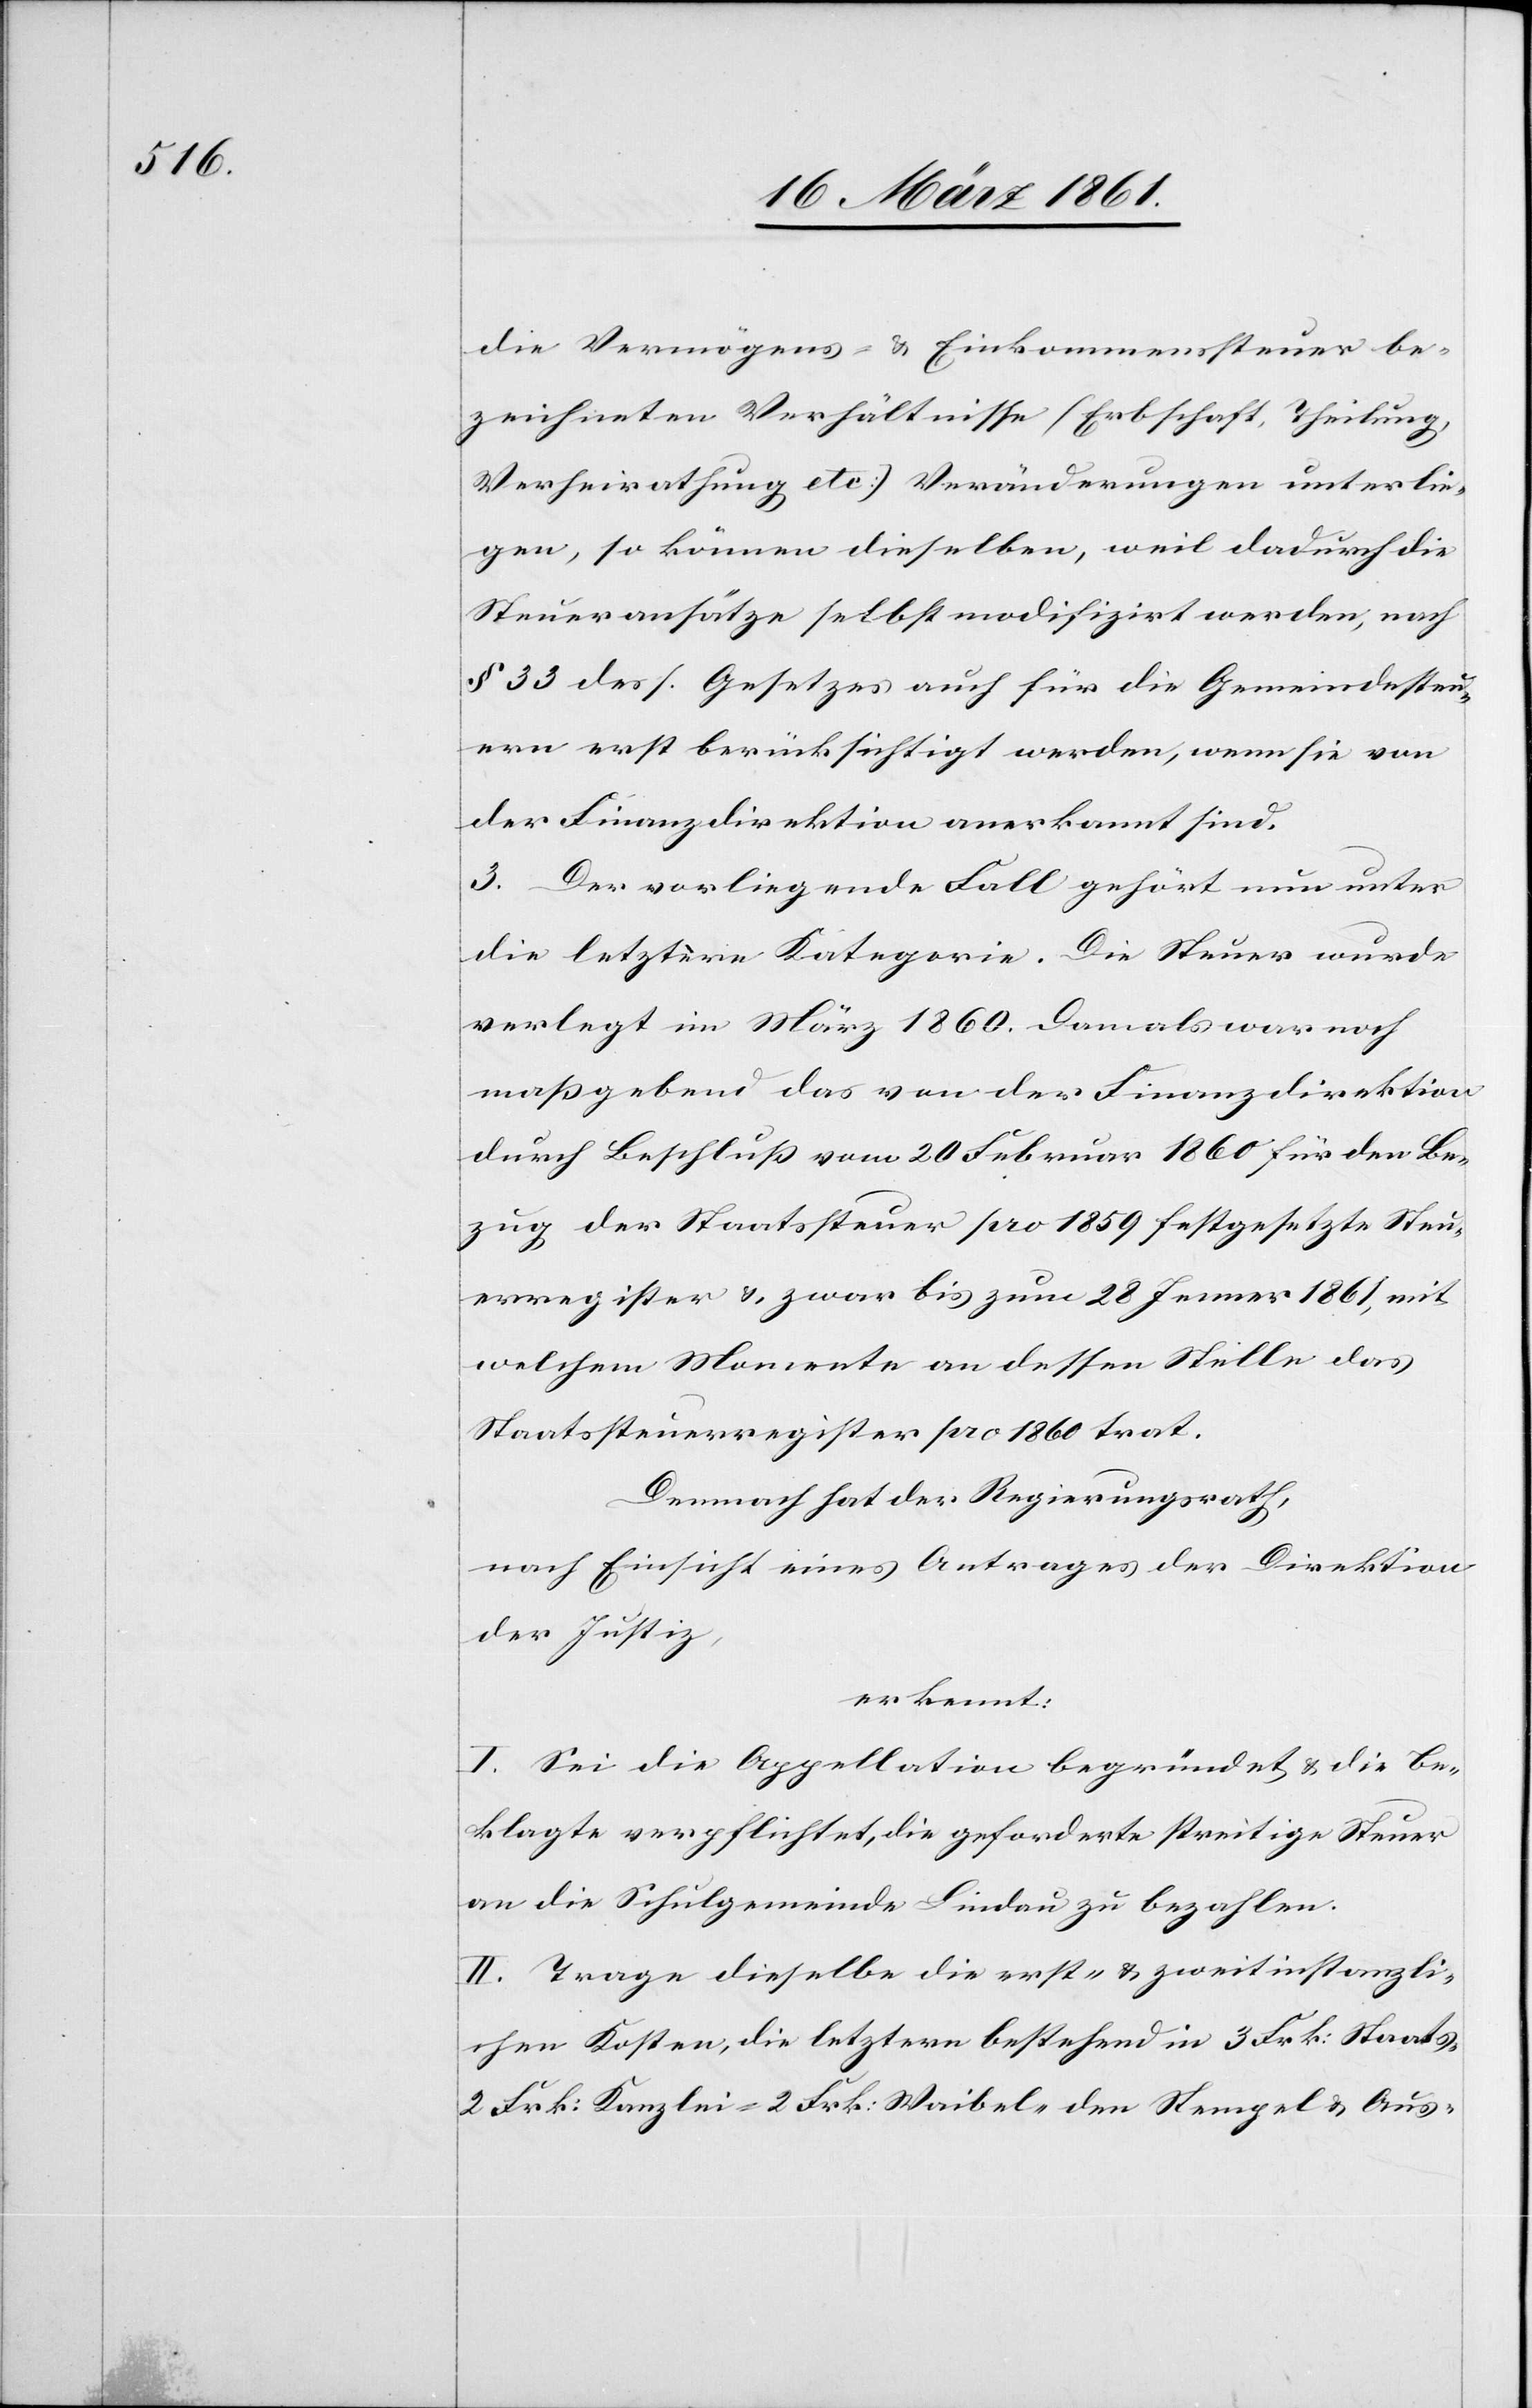
die Vermögens- u. Einkommenssteuer be¬
zeichneten Verhältnisse (Erbschaft, Theilung,
Verheirathung etc.) Veränderungen unterlie¬
gen, so können dieselben, weil dadurch die
Steueransätze selbst modifizirt werden, nach
§ 33 dess. Gesetzes auch für die Gemeindesteu¬
ern erst berücksichtigt werden, wenn sie von
der Finanzdirektion anerkannt sind.
3. Der vorliegende Fall gehört nun unter
die letztere Kategorie. Die Steuer wurde
verlegt im März 1860. Damals war noch
massgebend das von der Finanzdirektion
durch Beschluss vom 20. Februar 1860 für den Be¬
zug der Staatssteuer pro 1859 festgesetzte Steu¬
erregister u. zwar bis zum 28. Jenner 1861, mit
welchem Momente an dessen Stelle das
Staatssteuerregister pro 1860 trat.
Demnach hat der Regierungsrath,
nach Einsicht eines Antrages der Direktion
der Justiz,
erkennt:
I. Sei die Appellation begründet u. die Be¬
klagte verpflichtet, die geforderte streitige Steuer
an die Schulgemeinde Lindau zu bezahlen.
II. Trage dieselbe die erst- u. zweitinstanzli¬
chen Kosten, die letztern bestehend in 3 Frk: Staats-[,]
2 Frk. Kanzlei-[,] 2 Frk. Waibel-[,] den Stempel[-] u. Aus-